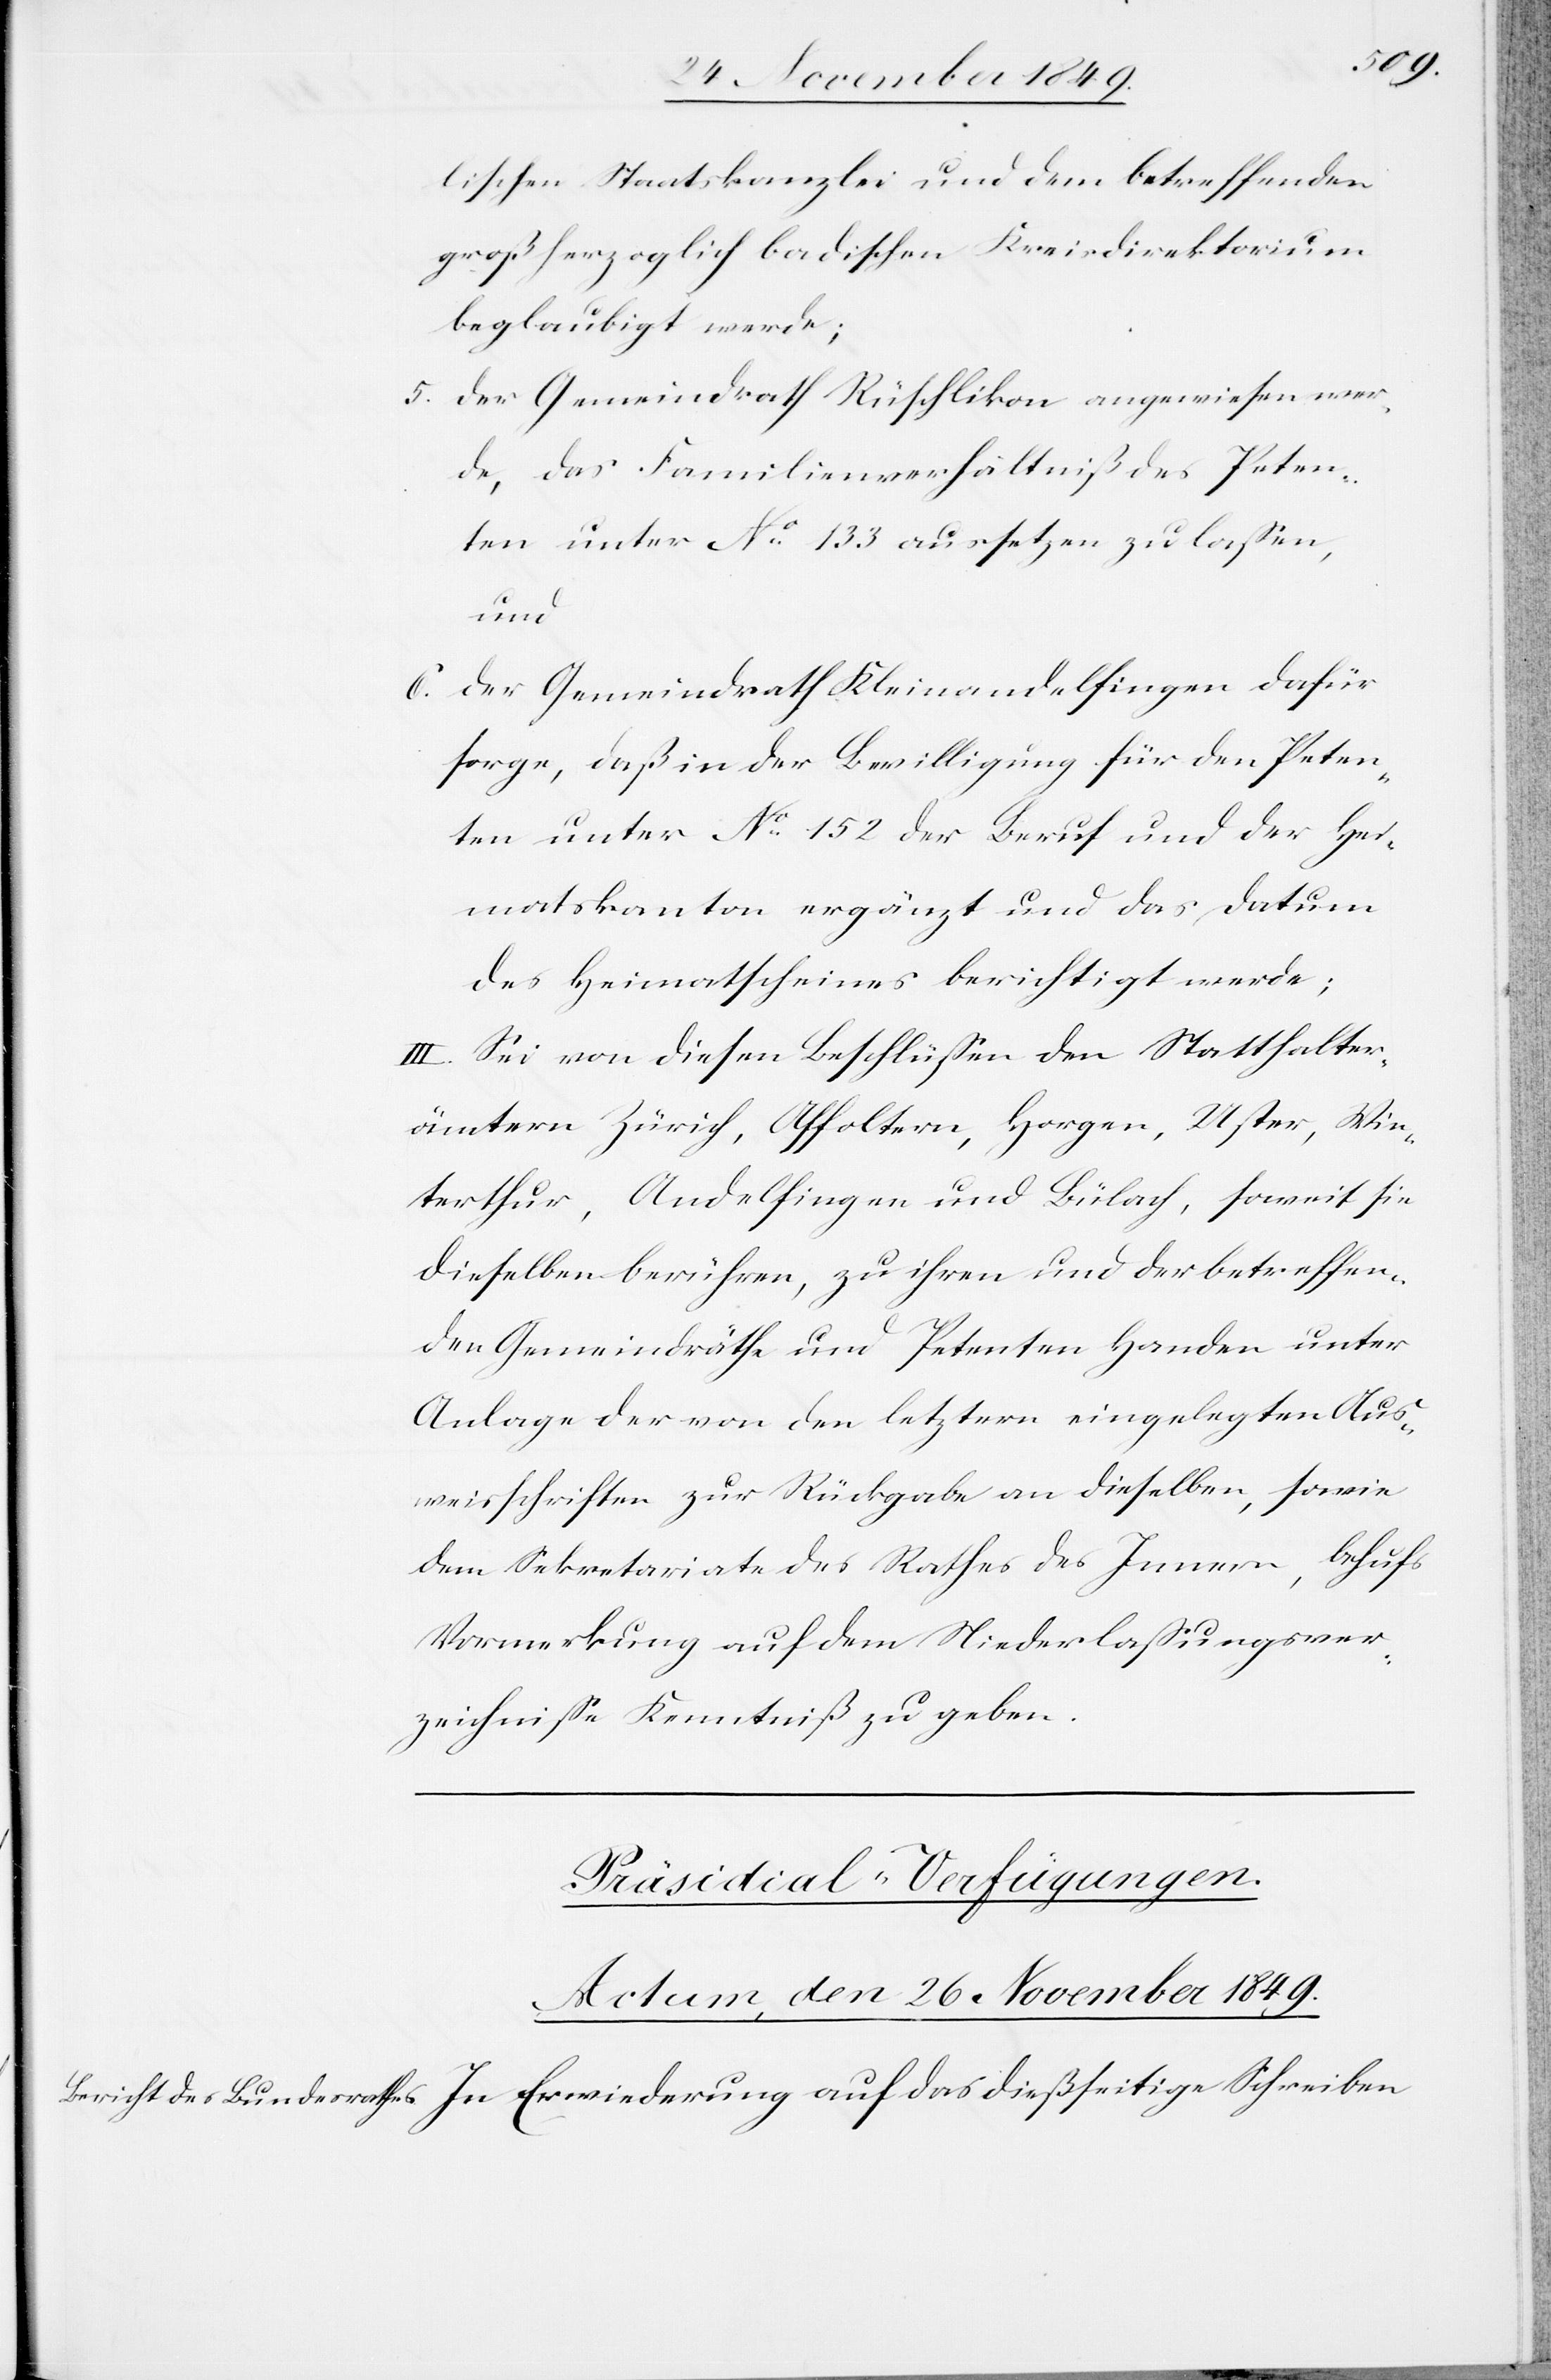
lischen Staatskanzlei und dem betreffenden
großherzoglich badischen Kreisdirektorium
beglaubigt werde;
5. Der Gemeindrath Rüschlikon angewiesen wer¬
de, das Familienverhältniß des Peten¬
ten unter N° 133 aussetzen zu laßen,
und
6. Der Gemeindrath Kleinandelfingen dafür
sorge, daß in der Bewilligung für den Peten¬
ten unter N° 152 der Beruf und der Hei¬
matskanton ergänzt und das Datum
des Heimatscheines berichtigt werde;
III. Sei von diesen Beschlüßen den Statthalter¬
ämtern Zürich, Affoltern, Horgen, Uster, Win¬
terthur, Andelfingen und Bülach, soweit sie
dieselben berühren, zu ihren und der betreffen¬
den Gemeindräthe und Petenten Handen unter
Anlage der von den letztern eingelegten Aus¬
weisschriften zur Rückgabe an dieselben, sowie
dem Sekretariate des Rathes des Innern, behufs
Vormerkung auf dem Niederlaßungsver¬
zeichniße Kenntniß zu geben.
Präsidial-Verfügungen.
Actum, den 26 November 1849.